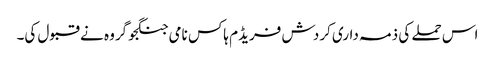
اس حملے کی ذمہ داری کردش فریڈم ہاکس نامی جنگجو گروہ نے قبول کی۔